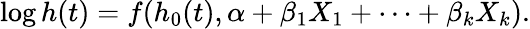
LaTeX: \log h(t)=f(h_{0}(t),\alpha+\beta_{1}X_{1}+\cdots+\beta_{k}X_{k}).